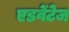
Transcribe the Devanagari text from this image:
एडवेंटेज